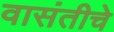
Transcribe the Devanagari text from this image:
वासंतीचे